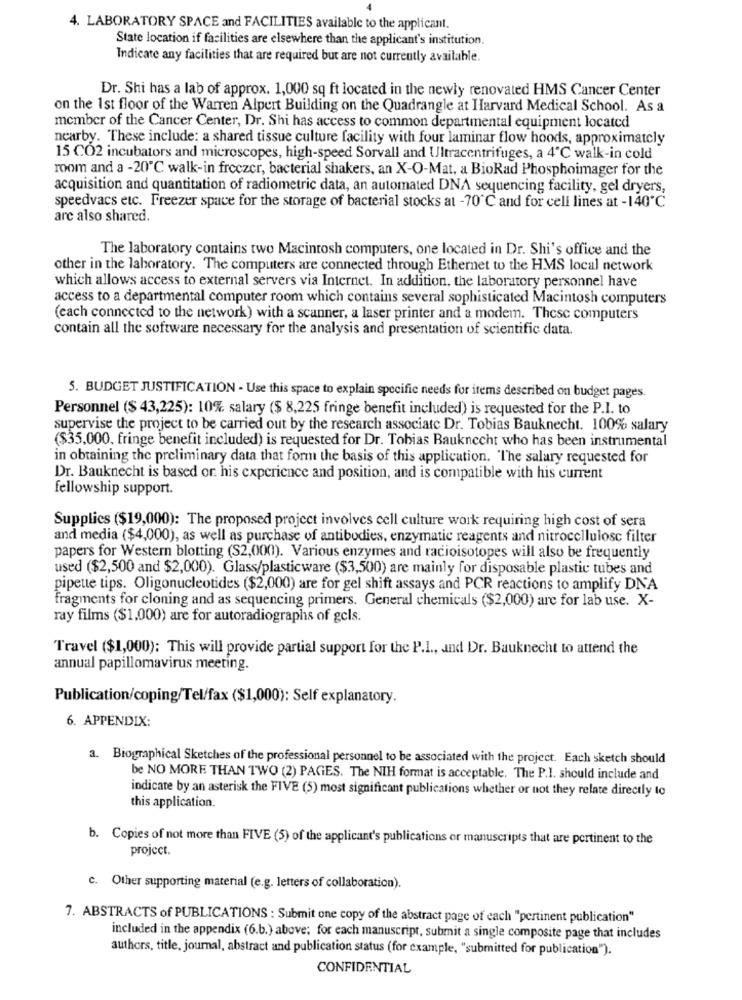
4. LABORATORY SPACE and FACILITIES available to the applicant.
State location if facilities are elsewhere than the applicant's institution.
Indicate any facilities that are required but are not currently available.
Dr. Shi has a lab of approx. 1,000 sq ft located in the newly renovated HMS Cancer Center
on the 1st floor of the Warren Alpert Building on the Quadrangle at Harvard Medical School. As a
member of the Cancer Center, Dr. Shi has access to common departmental equipment located
nearby. These include: a shared tissue culture facility with four laminar flow hoods, approximately
15 CO2 incubators and microscopes, high-speed Sorvall and Ultracentrifuges, a 4℃ walk-in cold
room and a -20℃ walk-in freezer, bacterial shakers, an X-O-Mat, a BioRad Phosphoimager for the
acquisition and quantitation of radiometric data, an automated DNA sequencing facility, gel dryers,
speedvacs etc. Freezer space for the storage of bacterial stocks at -70"℃ and for cell lines at -140℃
arc also shared.
The laboratory contains two Macintosh computers, one located in Dr. Shi's office and the
other in the laboratory. The computers are connected through Ethernet to the HMS local network
which allows access to external servers via Internet. In addition, the laboratory personnel have
access to a departmental computer room which contains several sophisticated Macintosh computers
(each connected to the network) with a scanner, a laser printer and a modem. These computers
contain all the software necessary for the analysis and presentation of scientific data.
5. BUDGET JUSTIFICATION - Use this space to explain specific needs for items described on budget pages.
Personnel ($ 43,225): 10% salary ($ 8,225 fringe benefit included) is requested for the P.I. to
supervise the project to be carried out by the research associate Dr. Tobias Bauknecht. 100% salary
($35,000. fringe benefit included) is requested for Dr. Tobias Bauknecht who has been instrumental
in obtaining the preliminary data that form the basis of this application. The salary requested for
Dr. Bauknecht is based or his experience and position, and is compatible with his current
fellowship support.
Supplics ($19,000): The proposed project involves cell culture work requiring high cost of sera
and media ($4,000), as well as purchase of antibodies, enzymatic reagents and nitrocellulose filter
papers for Western blotting (S2,000). Various enzymes and radioisotopes will also be frequently
used ($2,500 and $2,000). Glass/plasticware ($3,500) are mainly for disposable plastic tubes and
pipette tips. Oligonucleotides ($2,000) are for gel shift assays and PCR reactions to amplify DNA
fragments for cloning and as sequencing primers. General chemicals ($2,000) are for lab use. X-
ray films ($1,000) are for autoradiographs of gels.
Travel ($1,000): This will provide partial support for the P.I ., and Dr. Bauknecht to attend the
annual papillomavirus meeting.
Publication/coping/Tel/fax ($1,000): Self explanatory.
6. APPENDIX:
a. Biographical Sketches of the professional personnel to be associated with the project. Each sketch should
be NO MORE THAN TWO (2) PAGES. The NIH format is acceptable. The P.I. should include and
indicate by an asterisk the FIVE (5) most significant publications whether or not they relate directly to
this application.
b. Copies of not more than FIVE (5) of the applicant's publications or manuscripts that are pertinent to the
project.
c. Other supporting material (e.g. letters of collaboration).
7. ABSTRACTS of PUBLICATIONS : Submit one copy of the abstract page of each "pertinent publication"
included in the appendix (6.b.) above; for each manuscript, submit a single composite page that includes
authors, title, journal, abstract and publication status (for example, "submitted for publication").
CONFIDENTIAL